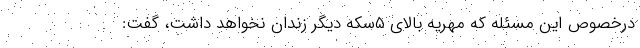
درخصوص این مسئله که مهریه بالای ۵سکه دیگر زندان نخواهد داشت، گفت: